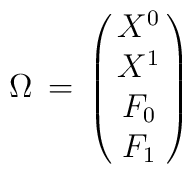
\Omega \, = \, \left ( \matrix { X^0 \cr X^1 \cr F_0 \cr F_1 \cr}\right )